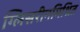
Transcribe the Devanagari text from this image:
ग्लिसरीनमिश्रित